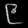
Digit: ၉